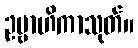
ဥဗ္ဗာဟိကာသုတ်။